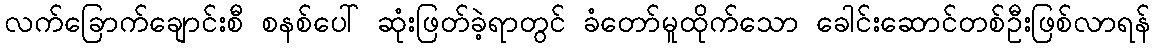
လက်ခြောက်ချောင်းစီ စနစ်ပေါ် ဆုံးဖြတ်ခဲ့ရာတွင် ခံတော်မူထိုက်သော ခေါင်းဆောင်တစ်ဦးဖြစ်လာရန်